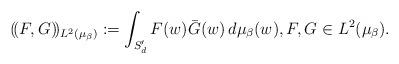
LaTeX: \begin{align*}(\!(F,G)\!)_{L^{2}(\mu_{\beta})}:=\int_{S'_{d}}F(w)\bar{G}(w)\,d\mu_{\beta}(w),F,G\in L^{2}(\mu_{\beta}).\end{align*}